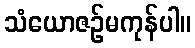
သံယောဇဉ်မကုန်ပါ။